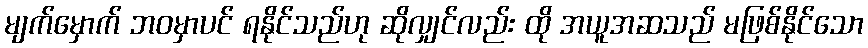
မျက်မှောက် ဘဝမှာပင် ရနိုင်သည်ဟု ဆိုလျှင်လည်း ထို အယူအဆသည် မဖြစ်နိုင်သော